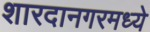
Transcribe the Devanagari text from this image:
शारदानगरमध्ये